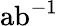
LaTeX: \mathrm{{ab}^{-1}}